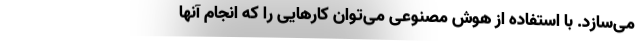
می‌سازد. با استفاده از هوش مصنوعی می‌توان کارهایی را که انجام آنها